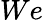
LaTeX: We